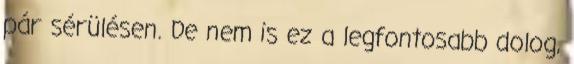
pár sérülésen. De nem is ez a legfontosabb dolog,